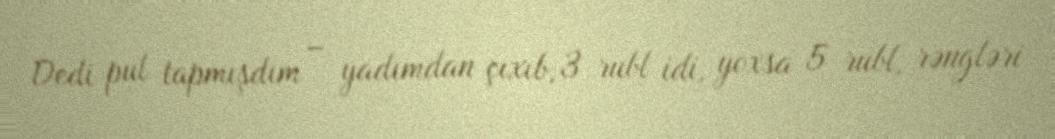
Dedi pul tapmışdım – yadımdan çıxıb, 3 rubl idi, yoxsa 5 rubl, rəngləri